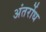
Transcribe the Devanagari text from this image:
अंतर्रोध